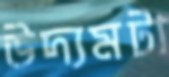
উদ্যমটা